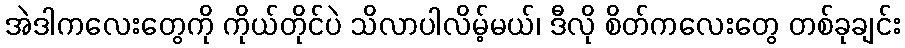
အဲဒါကလေးတွေကို ကိုယ်တိုင်ပဲ သိလာပါလိမ့်မယ်၊ ဒီလို စိတ်ကလေးတွေ တစ်ခုချင်း